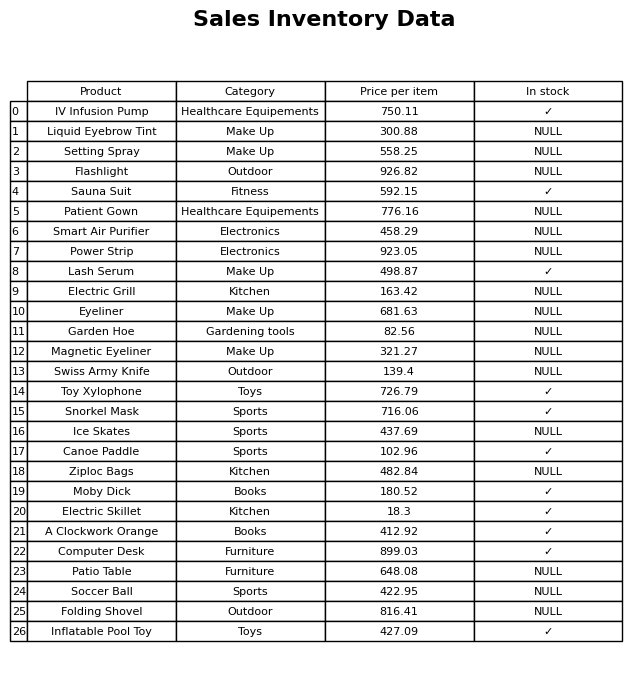
question: Which products are available in stock?
answer: IV Infusion Pump, Sauna Suit, Lash Serum, Toy Xylophone, Snorkel Mask, Canoe Paddle, Moby Dick, Electric Skillet, A Clockwork Orange, Computer Desk, Inflatable Pool Toy